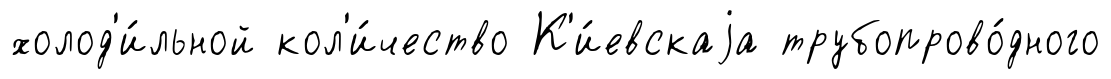
холод'и́льной кол'и́чество К'и́евскаjа трубопрово́дного